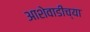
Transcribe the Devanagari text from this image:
आशेवाडीच्या